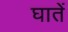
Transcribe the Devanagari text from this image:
घातें